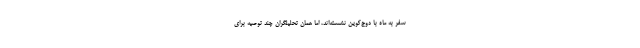
سفر به ماه با دوج‌کوین نشسته‌اند، اما همان تحلیلگران چند توصیه برای